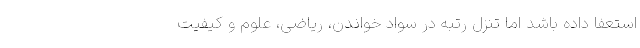
استعفا داده باشد اما تنزل رتبه در سواد خواندن، ریاضی، علوم و کیفیت